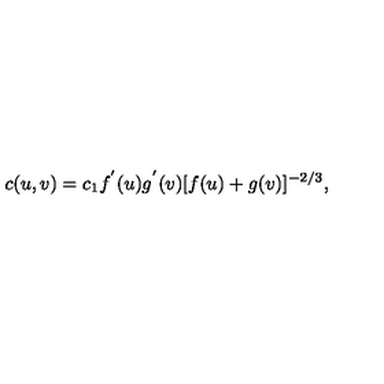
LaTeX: c ( u , v ) = c _ { 1 } f ^ { ' } ( u ) g ^ { ' } ( v ) [ f ( u ) + g ( v ) ] ^ { - 2 / 3 } ,